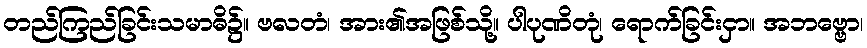
တည်ကြည်ခြင်းသမာဓိ၌။ ဗလတံ၊ အား၏အဖြစ်သို့။ ပါပုဏိတုံ၊ ရောက်ခြင်းငှာ။ အဘဗ္ဗော၊